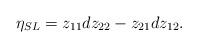
LaTeX: \begin{align*}\eta_{SL}=z_{11}dz_{22}-z_{21}dz_{12}.\end{align*}%\end{align*}